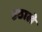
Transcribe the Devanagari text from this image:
उठाले